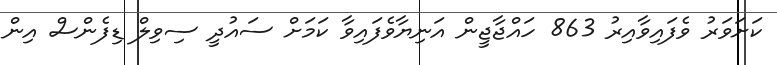
ކަށަވަރު ވެފައިވާއިރު 863 ހައްޖާޖީން އަނިޔާވެފައިވާ ކަމަށް ސައުދީ ސިވިލް ޑިފެންސް އިން